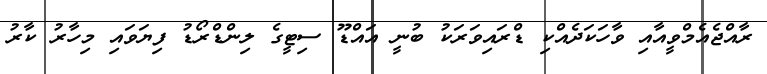
ރާއްޖެއެމްވީއާއި ވާހަކަދެއްކި ޑްރައިވަރަކު ބުނީ އައްޑޫ ސިޓީގެ ލިންޑްރޯޑު ފިޔަވައި މިހާރު ކާރު